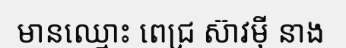
មានឈ្មោះ ពេជ្រ ស៊ាវម៉ី នាង